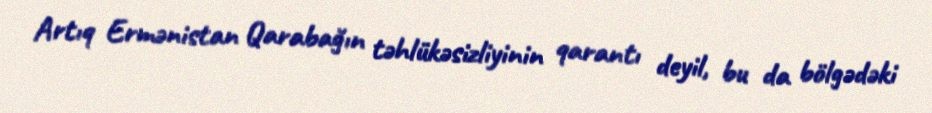
Artıq Ermənistan Qarabağın təhlükəsizliyinin qarantı deyil, bu da bölgədəki